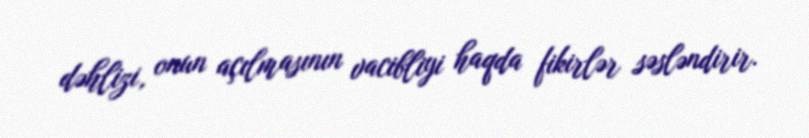
dəhlizi, onun açılmasının vacibliyi haqda fikirlər səsləndirir.